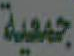
جمعية